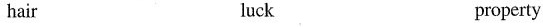
hair luck property